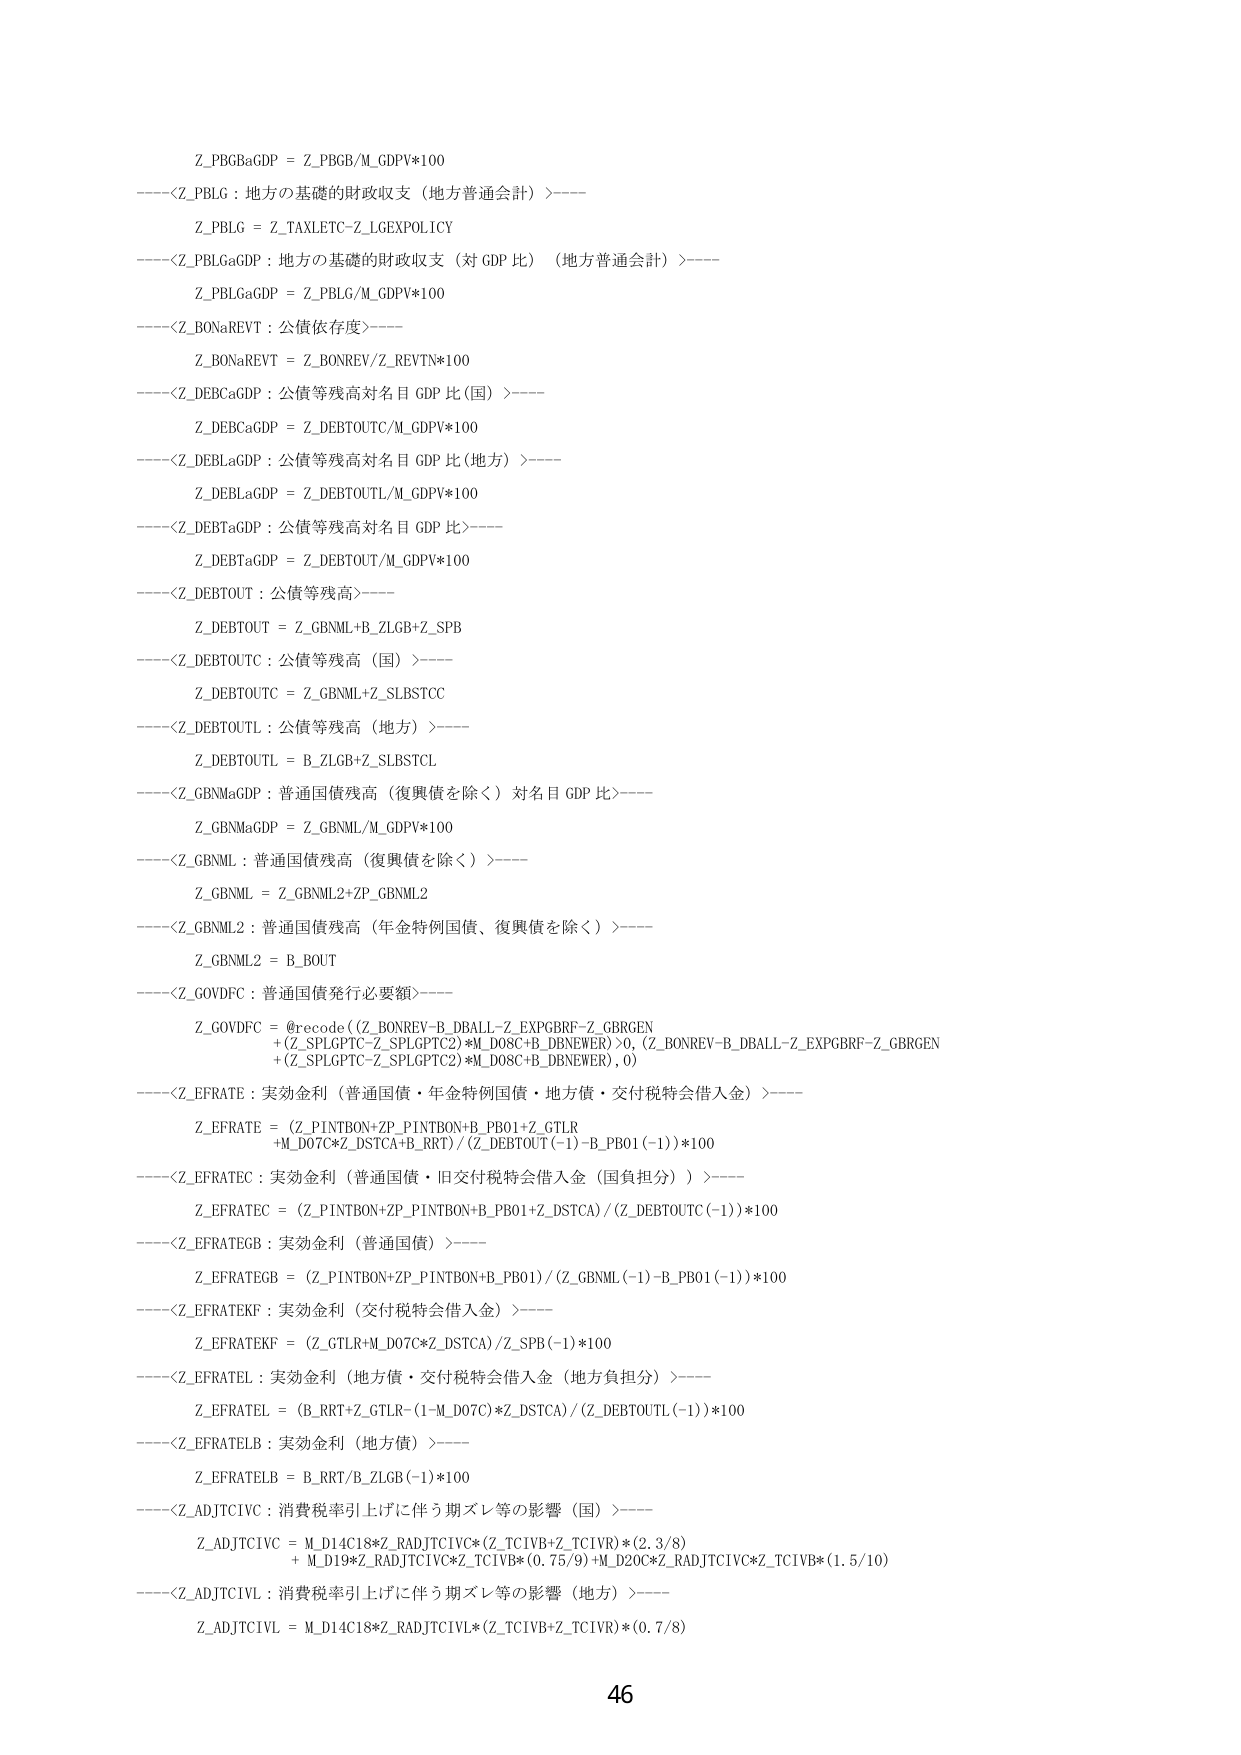
Z_PBGaGDP = Z_PBGD/M_GDPV*100
----<Z_PBLG : 地方の基礎的財政収支（地方普通会計）>----
Z_PBLG = Z_TAXLETC-Z_LGEXPOLICY
----<Z_PBLGaGDP : 地方の基礎的財政収支（対 GDP 比）（地方普通会計）>----
Z_PBLGaGDP = Z_PBLG/M_GDPV*100
----<Z_BONaREVT : 公債依存度>----
Z_BONaREVT = Z_BONREV/Z_REVTN*100
----<Z_DEBCaGDP : 公債等残高対名目 GDP 比（国）>----
Z_DEBCaGDP = Z_DEBTOUTC/M_GDPV*100
----<Z_DEBLaGDP : 公債等残高対名目 GDP 比（地方）>----
Z_DEBLaGDP = Z_DEBTOUTL/M_GDPV*100
----<Z_DEBTaGDP : 公債等残高対名目 GDP 比>----
Z_DEBTaGDP = Z_DEBTOUT/M_GDPV*100
----<Z_DEBTOUT : 公債等残高>----
Z_DEBTOUT = Z_GBNML+B_ZLGB+Z_SPB
----<Z_DEBTOUTC : 公債等残高（国）>----
Z_DEBTOUTC = Z_GBNML+Z_SLBSTCC
----<Z_DEBTOUTL : 公債等残高（地方）>----
Z_DEBTOUTL = B_ZLGB+Z_SLBSTCL
----<Z_GBNMaGDP : 普通国債残高（復興債を除く）対名目 GDP 比>----
Z_GBNMaGDP = Z_GBNML/M_GDPV*100
----<Z_GBNML : 普通国債残高（復興債を除く）>----
Z_GBNML = Z_GBNML2+ZP_GBNML2
----<Z_GBNML2 : 普通国債残高（年金特例国債、復興債を除く）>----
Z_GBNML2 = B_BOUT
----<Z_GOVDFC : 普通国債発行必要額>----
Z_GOVDFC = @recode((Z_BONREV-B_DBALL-Z_EXPGBRF-Z_GBRGEN
+(Z_SPLGPTC-Z_SPLGPTC2)*M_D08C+B_DBNEWER)>0, (Z_BONREV-B_DBALL-Z_EXPGBRF-Z_GBRGEN
+(Z_SPLGPTC-Z_SPLGPTC2)*M_D08C+B_DBNEWER), 0)
----<Z_EFRATE : 実効金利（普通国債・年金特例国債・地方債・交付税特会借入金）>----
Z_EFRATE = (Z_PINTBON+ZP_PINTBON+B_PB01+Z_GTLR
+M_D07C*Z_DSTCA+B_RRT)/(Z_DEBTOUT(-1)-B_PB01(-1))*100
----<Z_EFRATEC : 実効金利（普通国債・旧交付税特会借入金（国負担分））>----
Z_EFRATEC = (Z_PINTBON+ZP_PINTBON+B_PB01+Z_DSTCA)/(Z_DEBTOUTC(-1))*100
----<Z_EFRATEGB : 実効金利（普通国債）>----
Z_EFRATEGB = (Z_PINTBON+ZP_PINTBON+B_PB01)/(Z_GBNML(-1)-B_PB01(-1))*100
----<Z_EFRATEKF : 実効金利（交付税特会借入金）>----
Z_EFRATEKF = (Z_GTLR+M_D07C*Z_DSTCA)/Z_SPB(-1)*100
----<Z_EFRATEL : 実効金利（地方債・交付税特会借入金（地方負担分））>----
Z_EFRATEL = (B_RRT+Z_GTLR-(1-M_D07C)*Z_DSTCA)/(Z_DEBTOUTL(-1))*100
----<Z_EFRATELB : 実効金利（地方債）>----
Z_EFRATELB = B_RRT/B_ZLGB(-1)*100
----<Z_ADJTCIVC : 消費税率引上げに伴う期ズレ等の影響（国）>----
Z_ADJTCIVC = M_D14C18*Z_RADJTCIVC*(Z_TCIVB+Z_TCIVR)*(2.3/8)
+ M_D198*Z_RADJTCIVC*Z_TCIVB*(0.75/9)+M_D20C*Z_RADJTCIVC*Z_TCIVB*(1.5/10)
----<Z_ADJTCIVL : 消費税率引上げに伴う期ズレ等の影響（地方）>----
Z_ADJTCIVL = M_D14C18*Z_RADJTCIVL*(Z_TCIVB+Z_TCIVR)*(0.7/8)
46